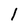
Character: l